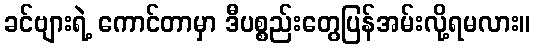
ခင်ဗျားရဲ့ ကောင်တာမှာ ဒီပစ္စည်းတွေပြန်အမ်းလို့ရမလား။